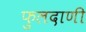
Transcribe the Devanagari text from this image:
फुलदाणी